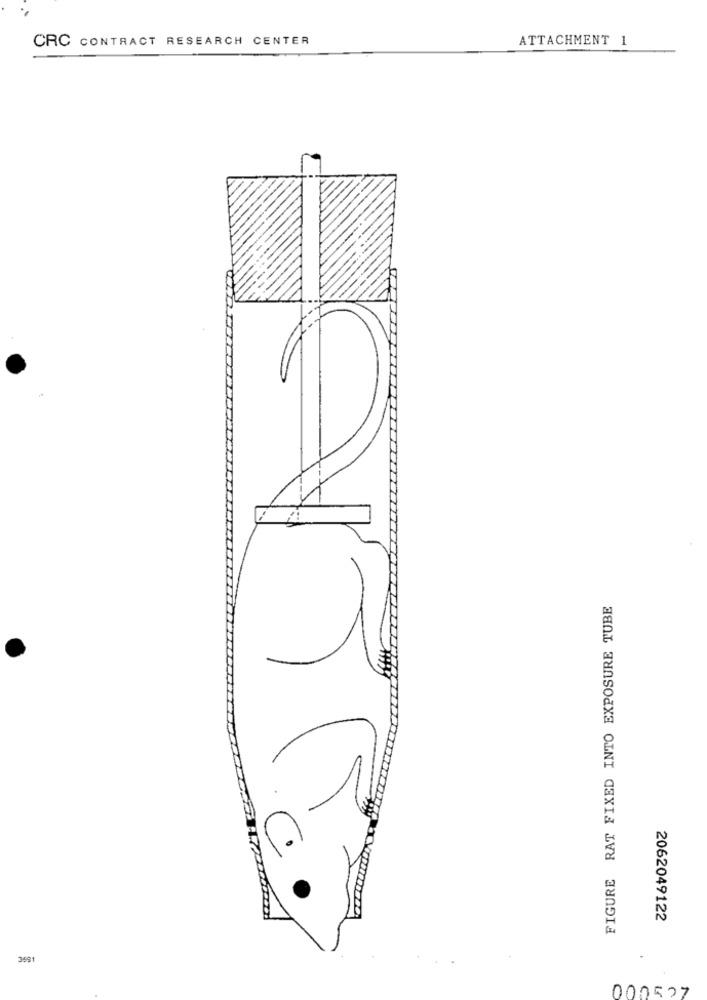
CRC CONTRACT RESEARCH CENTER
ATTACHMENT 1
FIGURE RAT FIXED INTO EXPOSURE TUBE
C
2062049122
000527